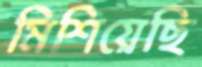
মিশিয়েছি